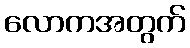
လောကအတွက်